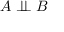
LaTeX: A \perp \! \! \! \perp B